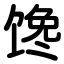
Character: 馋